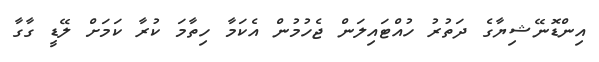
އިންޑޮނޭޝިޔާގެ ދަތުރު ހުއްޓައިލަން ޖެހުމުން އެކަމާ ހިތާމަ ކުރާ ކަމަށް ލޭޑީ ގާގާ